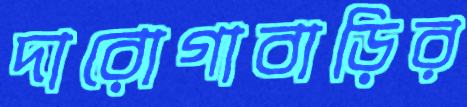
দারোগাবাড়ির